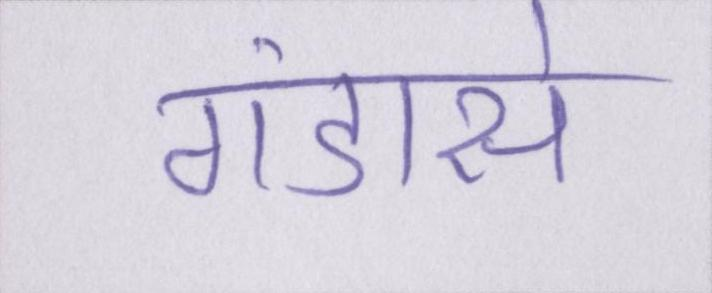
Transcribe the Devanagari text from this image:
गंडासे